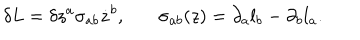
\delta L = \delta z ^ { a } \sigma _ { a b } \dot { z } ^ { b } , \ \ \ \sigma _ { a b } ( z ) = \partial _ { a } l _ { b } - \partial _ { b } l _ { a } .